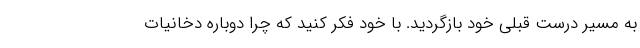
به مسیر درست قبلی خود بازگردید. با خود فکر کنید که چرا دوباره دخانیات